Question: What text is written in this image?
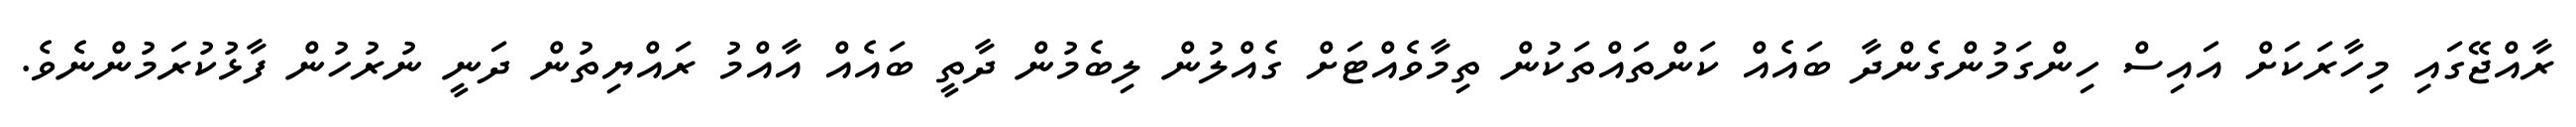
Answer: ރާއްޖޭގައި މިހާރަކަށް އައިސް ހިންގަމުންގެންދާ ބައެއް ކަންތައްތަކުން ތިމާވެއްޓަށް ގެއްލުން ލިބެމުން ދާތީ ބައެއް އާއްމު ރައްޔިތުން ދަނީ ނުރުހުން ފާޅުކުރަމުންނެވެ.